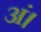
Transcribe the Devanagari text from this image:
अं।